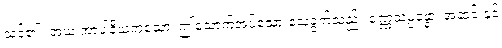
သင်၏။ အယံ အာပါနိယကံသော၊ ဤသောက်အပ်သော သေခွက်သည်။ ဝဏ္ဏသမ္ပန္နော၊ အဆင်းနှင့်